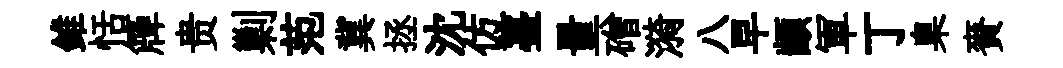
錐恬簰贵剿范冀拯沈仿薹量磳漪八早顓軍丁臬賚